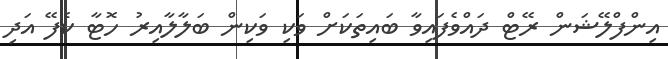
އިންފްލޭޝަން ރޭޓް ދައްވެފައިވާ ބައިތަކަށް ވަކި ވަކިން ބަލާލާއިރު ހޮޓާ ކެފޭ އަދި